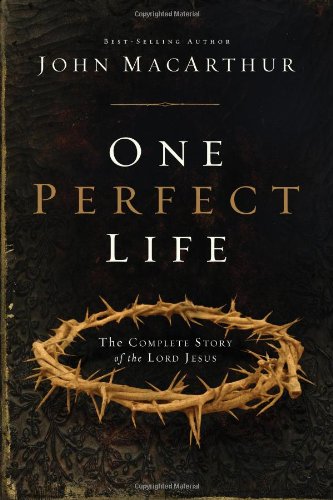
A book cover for One Perfect Life: The Complete Story of the Lord Jesus; John F. MacArthur; Christian Books & Bibles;